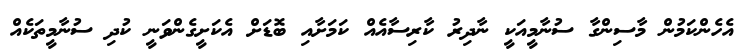
އެހެންކަމުން މާސިންގާ ސުނާމީއަކީ ނާދިރު ކާރިސާއެއް ކަމަށާއި ބޮޑަށް އެކަށީގެންވަނީ ކުދި ސުނާމީތަކެއް